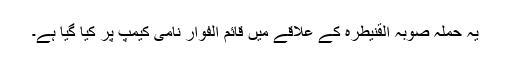
یہ حملہ صوبہ القنیطرہ کے علاقے میں قائم الفوار نامی کیمپ پر کیا گیا ہے۔